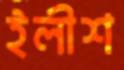
ইলীশ